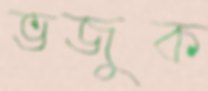
ভজুক